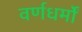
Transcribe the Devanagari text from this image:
वर्णधर्मों